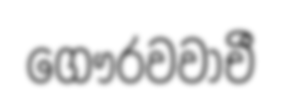
ගෞරවවාචී